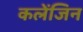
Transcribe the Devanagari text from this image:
कलेंजिन